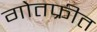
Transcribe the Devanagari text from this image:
गोतफ्रीत